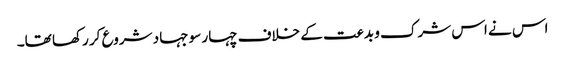
اس نے اس شرک و بدعت کے خلاف چہار سو جہاد شروع کر رکھا تھا۔